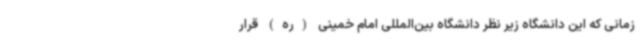
زمانی که این دانشگاه زیر نظر دانشگاه بین‌المللی امام خمینی (ره) قرار